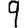
Digit: 9